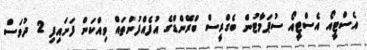
އެސްޓީއޯ އެސްޓީއޯ ސުޕަމާޓުން ބެގްރީސް ބްރޭންޑްގެ އުފެެއްފުންތައް ވިއްކަން ފަށައިފި 2 ދުވަސް